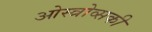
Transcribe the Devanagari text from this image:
ओस्त्रोव्सकी